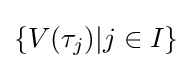
\{V(\tau _{j})|j\in I\}